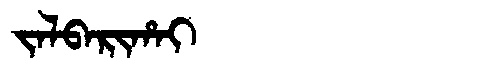
Manchu: ᠵᠠᠯᠪᠠᡵᡳᡥᠠᡳ
Romanization: JALBARIHAI